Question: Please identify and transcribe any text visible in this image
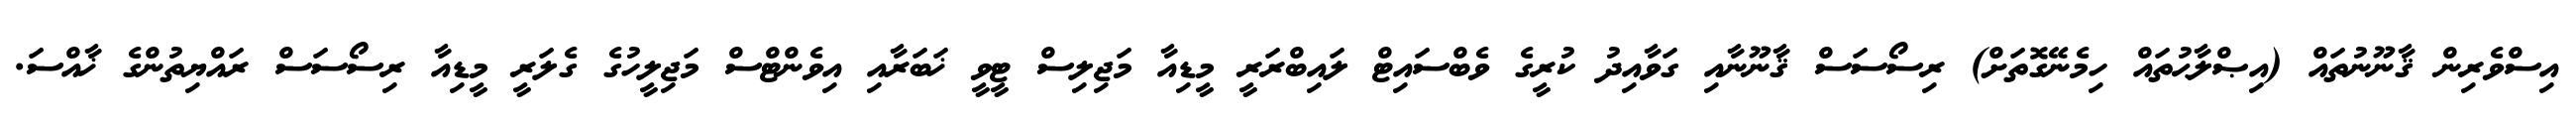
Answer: އިސްވެރިން ޤާނޫނުތައް (އިޞްލާޙުތައް ހިމެނޭގޮތަށް) ރިސޯސަސް ޤާނޫނާއި ގަވާއިދު ކުރީގެ ވެބްސައިޓް ލައިބްރަރީ މީޑިއާ މަޖިލިސް ޓީވީ ޚަބަރާއި އިވެންޓްސް މަޖިލީހުގެ ގެލަރީ މީޑިއާ ރިސޯސަސް ރައްޔިތުންގެ ޚާއްސަ.